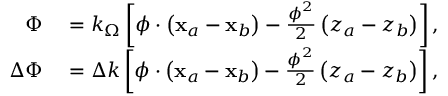
\begin{array} { r l } { \Phi } & { { } = k _ { \Omega } \left[ \boldsymbol { \phi } \cdot \left( \mathbf { x } _ { a } - \mathbf { x } _ { b } \right) - \frac { \boldsymbol { \phi } ^ { 2 } } { 2 } \left( z _ { a } - z _ { b } \right) \right] , } \\ { \Delta \Phi } & { { } = \Delta k \left[ \boldsymbol { \phi } \cdot \left( \mathbf { x } _ { a } - \mathbf { x } _ { b } \right) - \frac { \boldsymbol { \phi } ^ { 2 } } { 2 } \left( z _ { a } - z _ { b } \right) \right] , } \end{array}